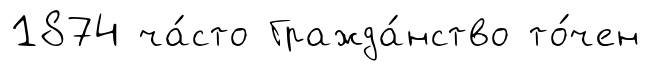
1874 ча́сто Гражда́нство то́чен